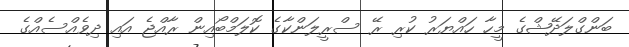
ބަންގްލަދޭޝްގެ މީހާ ހައްޔަރު ކުރި ރޭ ސްރީލަންކާގެ ކޮލަމްބޯއިން ރާއްޖެ އައި ދިވެއްސެއްގެ